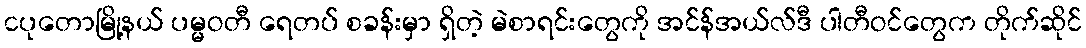
ငပုတောမြို့နယ် ပမ္မဝတီ ရေတပ် စခန်းမှာ ရှိတဲ့ မဲစာရင်းတွေကို အင်န်အယ်လ်ဒီ ပါတီဝင်တွေက တိုက်ဆိုင်